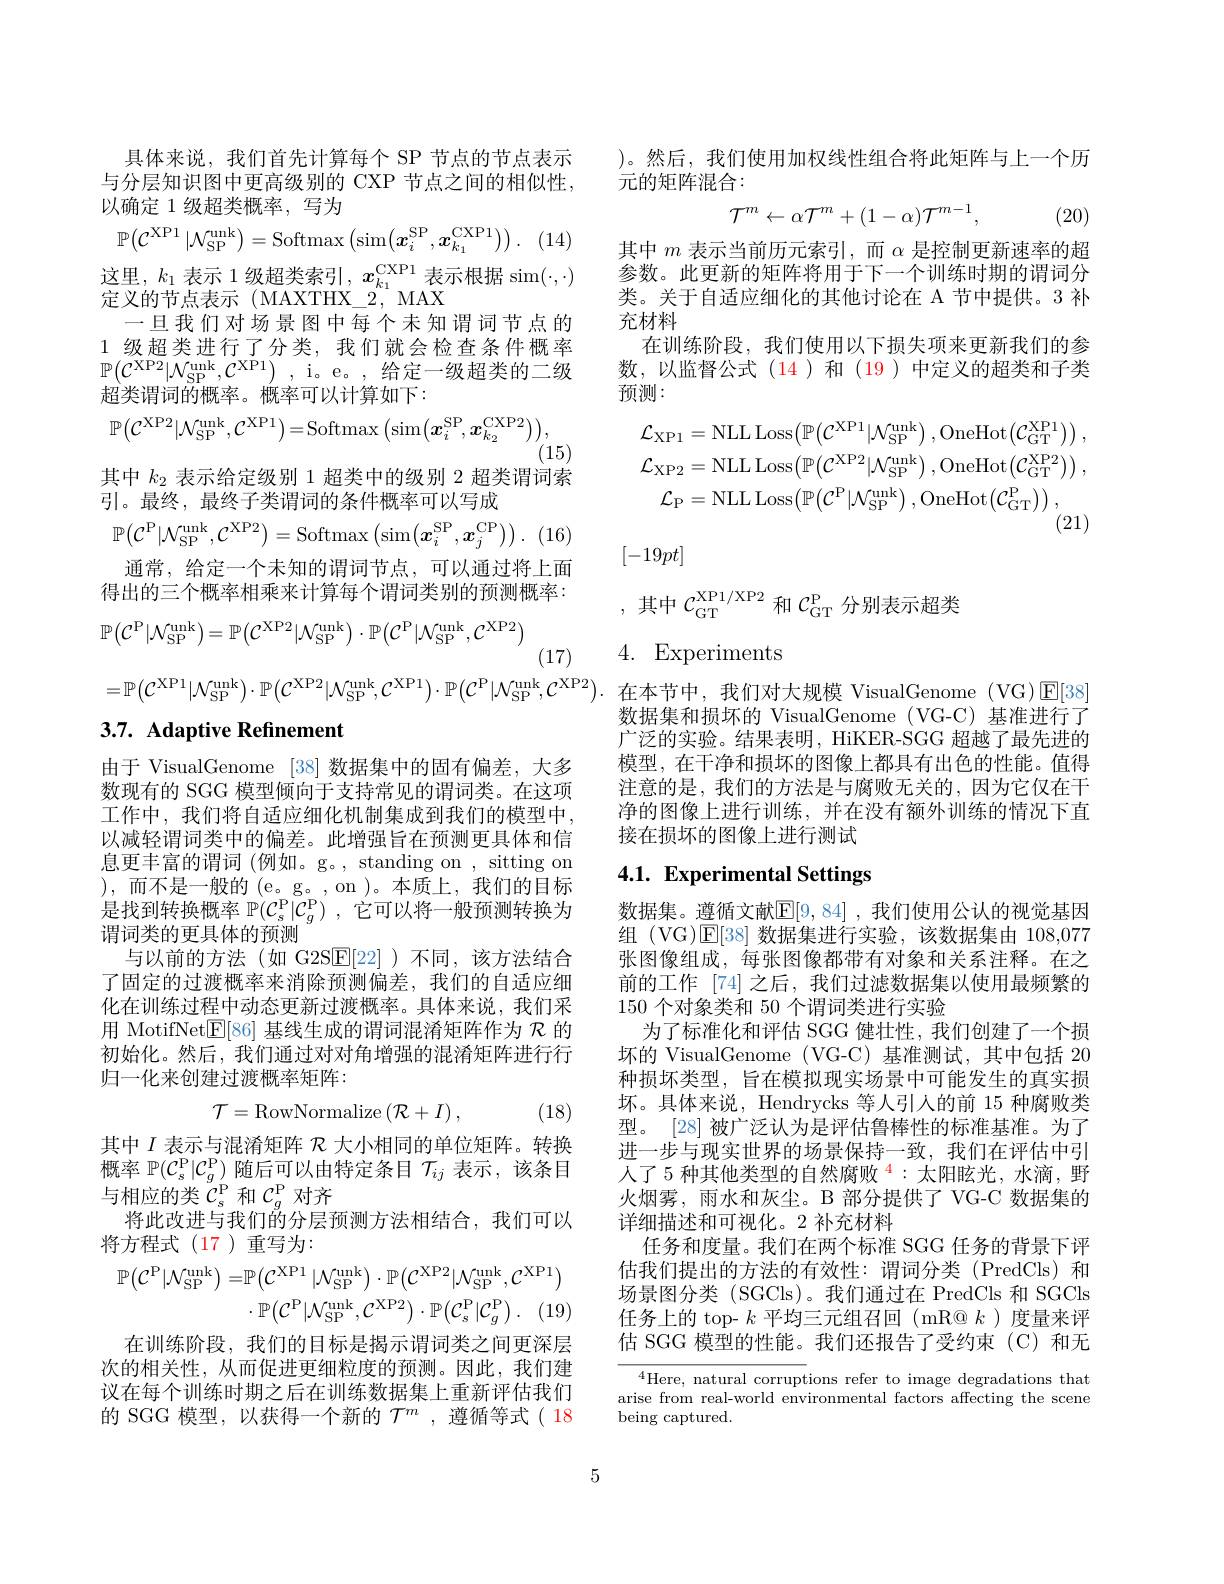
具体来说，我们首先计算每个 SP 节点的节点表示与分层知识图中更高级别的 CXP 节点之间的相似性， 以确定 1 级超类概率，写为
$$\mathbb{P}\big(\mathcal{C}^{\text{XP}1}\:|\mathcal{N}_{\text{SP}}^{\text{unk}}\big)=\text{Softmax}\big(\text{sim}\big(\boldsymbol{x}_{i}^{\text{SP}},\boldsymbol{x}_{k_{1}}^{\text{CXP}1}\big)\big)\:.$$
这里，$k_1$ 表示 1 级超类索引$,x_k_1^{\mathrm{CXP}1}$ 表示根据 sim$(\cdot,\cdot)$
定义的节点表示(MAXTHX$\_2,MAX$
一旦我们对场景图中每个未知谓词节点的1 级超类进行了分类，我们就会检查条件概率$\mathbb{P} ( \mathcal{C} ^{\mathrm{XP2}}| \mathcal{N} _{\mathrm{SP}}^{\mathrm{unk}}, \mathcal{C} ^{\mathrm{XP1}})$ ,i。e。,给定一级超类的二级超类谓词的概率。概率可以计算如下：
$$\mathbb{P}\big(\mathcal{C}^{\mathrm{XP}2}|\mathcal{N}_{\mathrm{SP}}^{\mathrm{unk}},\mathcal{C}^{\mathrm{XP}1}\big)=\mathrm{Softmax}\big(\sin\big(\boldsymbol{x}_{i}^{\mathrm{SP}},\boldsymbol{x}_{k_{2}}^{\mathrm{CXP}2}\big)\big),$$
$^{'}(15)$
其中$k_{2}$表示给定级别 1 超类中的级别 2 超类谓词索
引。最终，最终子类谓词的条件概率可以写成
$$\mathbb{P}\big(\mathcal{C}^{\mathrm{P}}|\mathcal{N}_{\mathrm{SP}}^{\mathrm{unk}},\mathcal{C}^{\mathrm{XP2}}\big)=\mathrm{Softmax}\left(\sin(\boldsymbol{x}_{i}^{\mathrm{SP}},\boldsymbol{x}_{j}^{\mathrm{CP}})\right).$$
通常，给定一个未知的谓词节点，可以通过将上面得出的三个概率相乘来计算每个谓词类别的预测概率：
$$\mathbb{P}\big(\mathcal{C}^{\mathrm{P}}|\mathcal{N}_{\mathrm{SP}}^{\mathrm{unk}}\big)=\mathbb{P}\big(\mathcal{C}^{\mathrm{XP}2}|\mathcal{N}_{\mathrm{SP}}^{\mathrm{unk}}\big)\cdot\mathbb{P}\big(\mathcal{C}^{\mathrm{P}}|\mathcal{N}_{\mathrm{SP}}^{\mathrm{unk}},\mathcal{C}^{\mathrm{XP}2}\big)$$
(17)
$$=\mathbb{P}\big(\mathcal{C}^{\mathrm{XP}1}|\mathcal{N}_{\mathrm{SP}}^{\mathrm{unk}}\big)\cdot\mathbb{P}\big(\mathcal{C}^{\mathrm{XP}2}|\mathcal{N}_{\mathrm{SP}}^{\mathrm{unk}},\mathcal{C}^{\mathrm{XP}1}\big)\cdot\mathbb{P}\big(\mathcal{C}^{\mathrm{P}}|\mathcal{N}_{\mathrm{SP}}^{\mathrm{unk}},\mathcal{C}^{\mathrm{XP}2}\big).$$
# 3.7. Adaptive Refinement

由于 VisualGenome [38]数据集中的固有偏差，大多数现有的 SGG 模型倾向于支持常见的谓词类。在这项工作中，我们将自适应细化机制集成到我们的模型中， 以减轻谓词类中的偏差。此增强旨在预测更具体和信息更丰富的谓词 (例如。g。, standing on , sitting on ),而不是一般的(e。g。,on)。本质上，我们的目标是找到转换概率$\mathbb{P} ( \mathcal{C} _s^\mathrm{P} | \mathcal{C} _g^\mathrm{P} )$ ,它可以将一般预测转换为谓词类的更具体的预测
与以前的方法(如 G2S$\overline{\mathrm{E}}[22]$)不同，该方法结合了固定的过渡概率来消除预测偏差，我们的自适应细化在训练过程中动态更新过渡概率。具体来说，我们采用 MotifNet$\mathbb{E}[86]$基线生成的谓词混淆矩阵作为$\mathcal{R}$的初始化。然后，我们通过对对角增强的混淆矩阵进行行归一化来创建过渡概率矩阵：
$$\mathcal{T}=\mathrm{RowNormalize}\left(\mathcal{R}+I\right),$$
, (18)

其中$I$表示与混淆矩阵$\mathcal{R}$大小相同的单位矩阵。转换概率$\mathbb{P} ( \mathcal{C} _s^\mathrm{P} | \mathcal{C} _g^\mathrm{P} )$随后可以由特定条目$\mathcal{T}_ij$表示，该条目与相应的类$\tilde{\mathcal{C}}_s^\mathrm{P}$和$\mathcal{C}_g^\mathrm{P}$对齐
将此改进与我们的分层预测方法相结合，我们可以
将方程式(17)重写为：
$$\begin{aligned}\mathbb{P}\big(\mathcal{C}^{\mathrm{P}}|\mathcal{N}_{\mathrm{SP}}^{\mathrm{unk}}\big)=&\mathbb{P}\big(\mathcal{C}^{\mathrm{XP}1}\:|\mathcal{N}_{\mathrm{SP}}^{\mathrm{unk}}\big)\cdot\mathbb{P}\big(\mathcal{C}^{\mathrm{XP}2}|\mathcal{N}_{\mathrm{SP}}^{\mathrm{unk}},\mathcal{C}^{\mathrm{XP}1}\big)\\&\cdot\mathbb{P}\big(\mathcal{C}^{\mathrm{P}}|\mathcal{N}_{\mathrm{SP}}^{\mathrm{unk}},\mathcal{C}^{\mathrm{XP}2}\big)\cdot\mathbb{P}\big(\mathcal{C}_{s}^{\mathrm{P}}|\mathcal{C}_{g}^{\mathrm{P}}\big)\:.\quad(19)\end{aligned}$$
在训练阶段，我们的目标是揭示谓词类之间更深层次的相关性，从而促进更细粒度的预测。因此，我们建议在每个训练时期之后在训练数据集上重新评估我们的 SGG 模型，以获得一个新的$\mathcal{T}^m$ ,遵循等式( 18

)。然后，我们使用加权线性组合将此矩阵与上一个历
元的矩阵混合：
$$\mathcal{T}^m\leftarrow\alpha\mathcal{T}^m+(1-\alpha)\mathcal{T}^{m-1},$$
(20)

其中$m$表示当前历元索引，而$\alpha$是控制更新速率的超参数。此更新的矩阵将用于下一个训练时期的谓词分类。关于自适应细化的其他讨论在 A 节中提供。3 补充材料
在训练阶段，我们使用以下损失项来更新我们的参数，以监督公式(14)和(19)中定义的超类和子类预测：
$$\mathcal{L}_{\mathrm{XP1}}=\mathrm{NLL}\:\mathrm{Loss}\big(\mathbb{P}\big(\mathcal{C}^{\mathrm{XP1}}\big|\mathcal{N}_{\mathrm{SP}}^{\mathrm{unk}}\big)\:,\mathrm{OneHot}\big(\mathcal{C}_{\mathrm{GT}}^{\mathrm{XP1}}\big)\big)\:,\\\mathcal{L}_{\mathrm{XP2}}=\mathrm{NLL}\:\mathrm{Loss}\big(\mathbb{P}\big(\mathcal{C}^{\mathrm{XP2}}\big|\mathcal{N}_{\mathrm{SP}}^{\mathrm{unk}}\big)\:,\mathrm{OneHot}\big(\mathcal{C}_{\mathrm{GT}}^{\mathrm{XP2}}\big)\big)\:,\\\mathcal{L}_{\mathrm{P}}=\mathrm{NLL}\:\mathrm{Loss}\big(\mathbb{P}\big(\mathcal{C}^{\mathrm{P}}\big|\mathcal{N}_{\mathrm{SP}}^{\mathrm{unk}}\big)\:,\mathrm{OneHot}\big(\mathcal{C}_{\mathrm{GT}}^{\mathrm{P}}\big)\big)\:,\\(21)$$
$[-19pt]$

,其中$\mathcal{C}_\mathrm{GT}^\mathrm{XP1/XP2}$和$\mathcal{C}_\mathrm{GT}^\mathrm{P}$分别表示超类

4. Experiments

在本节中，我们对大规模 VisualGenome (VG)$\boxed{\mathrm{E}}[38]$ 数据集和损坏的 VisualGenome (VG-C) 基准进行了广泛的实验。结果表明，HiKER-SGG 超越了最先进的模型，在干净和损坏的图像上都具有出色的性能。值得注意的是，我们的方法是与腐败无关的，因为它仅在干净的图像上进行训练，并在没有额外训练的情况下直接在损坏的图像上进行测试

# 4.1. Experimental Settings

数据集。遵循文献$\mathbb{E}[9,84]$ ,我们使用公认的视觉基因组 (VG)$\operatorname{E}[38]$数据集进行实验，该数据集由 108,077张图像组成，每张图像都带有对象和关系注释。在之前的工作 [74] 之后，我们过滤数据集以使用最频繁的150个对象类和 50 个谓词类进行实验
为了标准化和评估 SGG 健壮性，我们创建了一个损坏的 VisualGenome (VG-C) 基准测试，其中包括 20种损坏类型，旨在模拟现实场景中可能发生的真实损坏。具体来说，Hendrycks 等人引人的前 15 种腐败类型。[28] 被广泛认为是评估鲁棒性的标准基准。为了进一步与现实世界的场景保持一致，我们在评估中引人了 5 种其他类型的自然腐败$^{\color{red}{4}}$:太阳眩光，水滴，野火烟雾，雨水和灰尘。B 部分提供了 VG-C 数据集的详细描述和可视化。2 补充材料
任务和度量。我们在两个标准 SGG 任务的背景下评估我们提出的方法的有效性：谓词分类(PredCls)和场景图分类 (SGCls)。我们通过在 PredCls 和 SGCls 任务上的 top- $k$平均三元组召回(mR@ $k$ )度量来评估 SGG 模型的性能。我们还报告了受约束(C)和无

$^{4}$Here, natural corruptions refer to image degradations that arise from real-world environmental factors affecting the scene being captured.

5